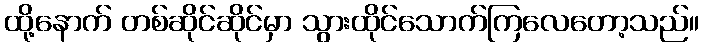
ထို့နောက် တစ်ဆိုင်ဆိုင်မှာ သွားထိုင်သောက်ကြလေတော့သည်။